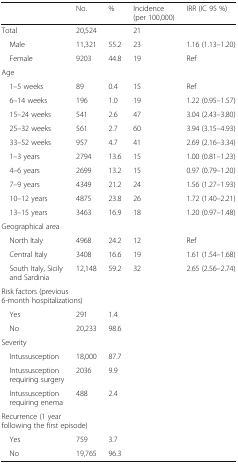
|  | No. | % | Incidence (per 100,000) | IRR (IC 95 %) |
 | --- | --- | --- | --- | --- |
 | Total | 20,524 |  | 21 |  |
 | Male | 11,321 | 55.2 | 23 | 1.16 (1.13–1.20) |
 | Female | 9203 | 44.8 | 19 | Ref |
 | <COLSPAN=5> Age |
 | 1–5 weeks | 89 | 0.4 | 15 | Ref |
 | 6–14 weeks | 196 | 1.0 | 19 | 1.22 (0.95–1.57) |
 | 15–24 weeks | 541 | 2.6 | 47 | 3.04 (2.43–3.80) |
 | 25–32 weeks | 561 | 2.7 | 60 | 3.94 (3.15–4.93) |
 | 33–52 weeks | 957 | 4.7 | 41 | 2.69 (2.16–3.34) |
 | 1–3 years | 2794 | 13.6 | 15 | 1.00 (0.81–1.23) |
 | 4–6 years | 2699 | 13.2 | 15 | 0.97 (0.79–1.20) |
 | 7–9 years | 4349 | 21.2 | 24 | 1.56 (1.27–1.93) |
 | 10–12 years | 4875 | 23.8 | 26 | 1.72 (1.40–2.21) |
 | 13–15 years | 3463 | 16.9 | 18 | 1.20 (0.97–1.48) |
 | <COLSPAN=5> Geographical area |
 | North Italy | 4968 | 24.2 | 12 | Ref |
 | Central Italy | 3408 | 16.6 | 19 | 1.61 (1.54–1.68) |
 | South Italy, Sicily and Sardinia | 12,148 | 59.2 | 32 | 2.65 (2.56–2.74) |
 | <COLSPAN=5> Risk factors (previous 6-month hospitalizations) |
 | Yes | 291 | 1.4 |  |  |
 | No | 20,233 | 98.6 |  |  |
 | <COLSPAN=5> Severity |
 | Intussusception | 18,000 | 87.7 |  |  |
 | Intussusception requiring surgery | 2036 | 9.9 |  |  |
 | Intussusception requiring enema | 488 | 2.4 |  |  |
 | <COLSPAN=5> Recurrence (1 year following the first episode) |
 | Yes | 759 | 3.7 |  |  |
 | No | 19,765 | 96.3 |  |  |